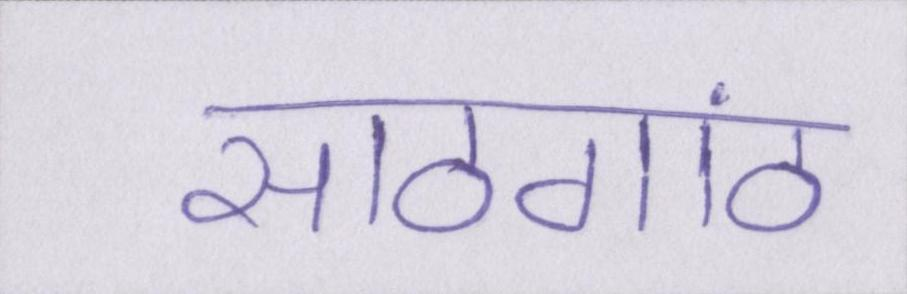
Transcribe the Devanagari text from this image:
साठगांठ